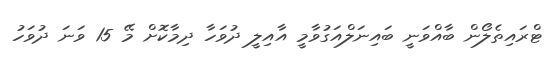
ޓްރައިތެލޯން ބާއްވަނީ ބައިނަލްއަގުވާމީ އާއިލީ ދުވަހާ ދިމާކޮށް މޭ 15 ވަނަ ދުވަހު